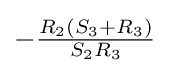
-{\tfrac {R_{2}(S_{3}+R_{3})}{S_{2}R_{3}}}